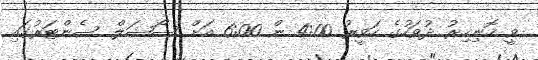
ވީ ހޮނިހިރު ދުވަހުގެ ހަވީރު 4:00 ން 6:00 އަށް ސޯޝަލް ސެންޓަރުގައި